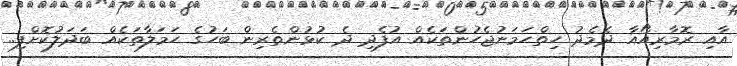
އާއި ރޮމާރިއޯއާ ދެމެދު ހިތްހަމަނުޖެހުންތަކެއް އުފެދި ދެ ކުޅުންތެރިން ބަހުގެ ހަމަލާތަކެއް ބަދަލުކޮށްފި..